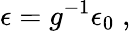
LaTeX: \epsilon=g^{-1}\epsilon_{0}\; ,